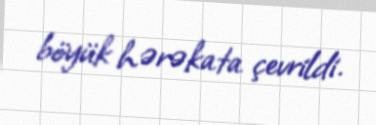
böyük hərəkata çevrildi.